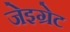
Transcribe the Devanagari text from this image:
जेइग्रेट